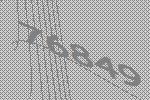
76849